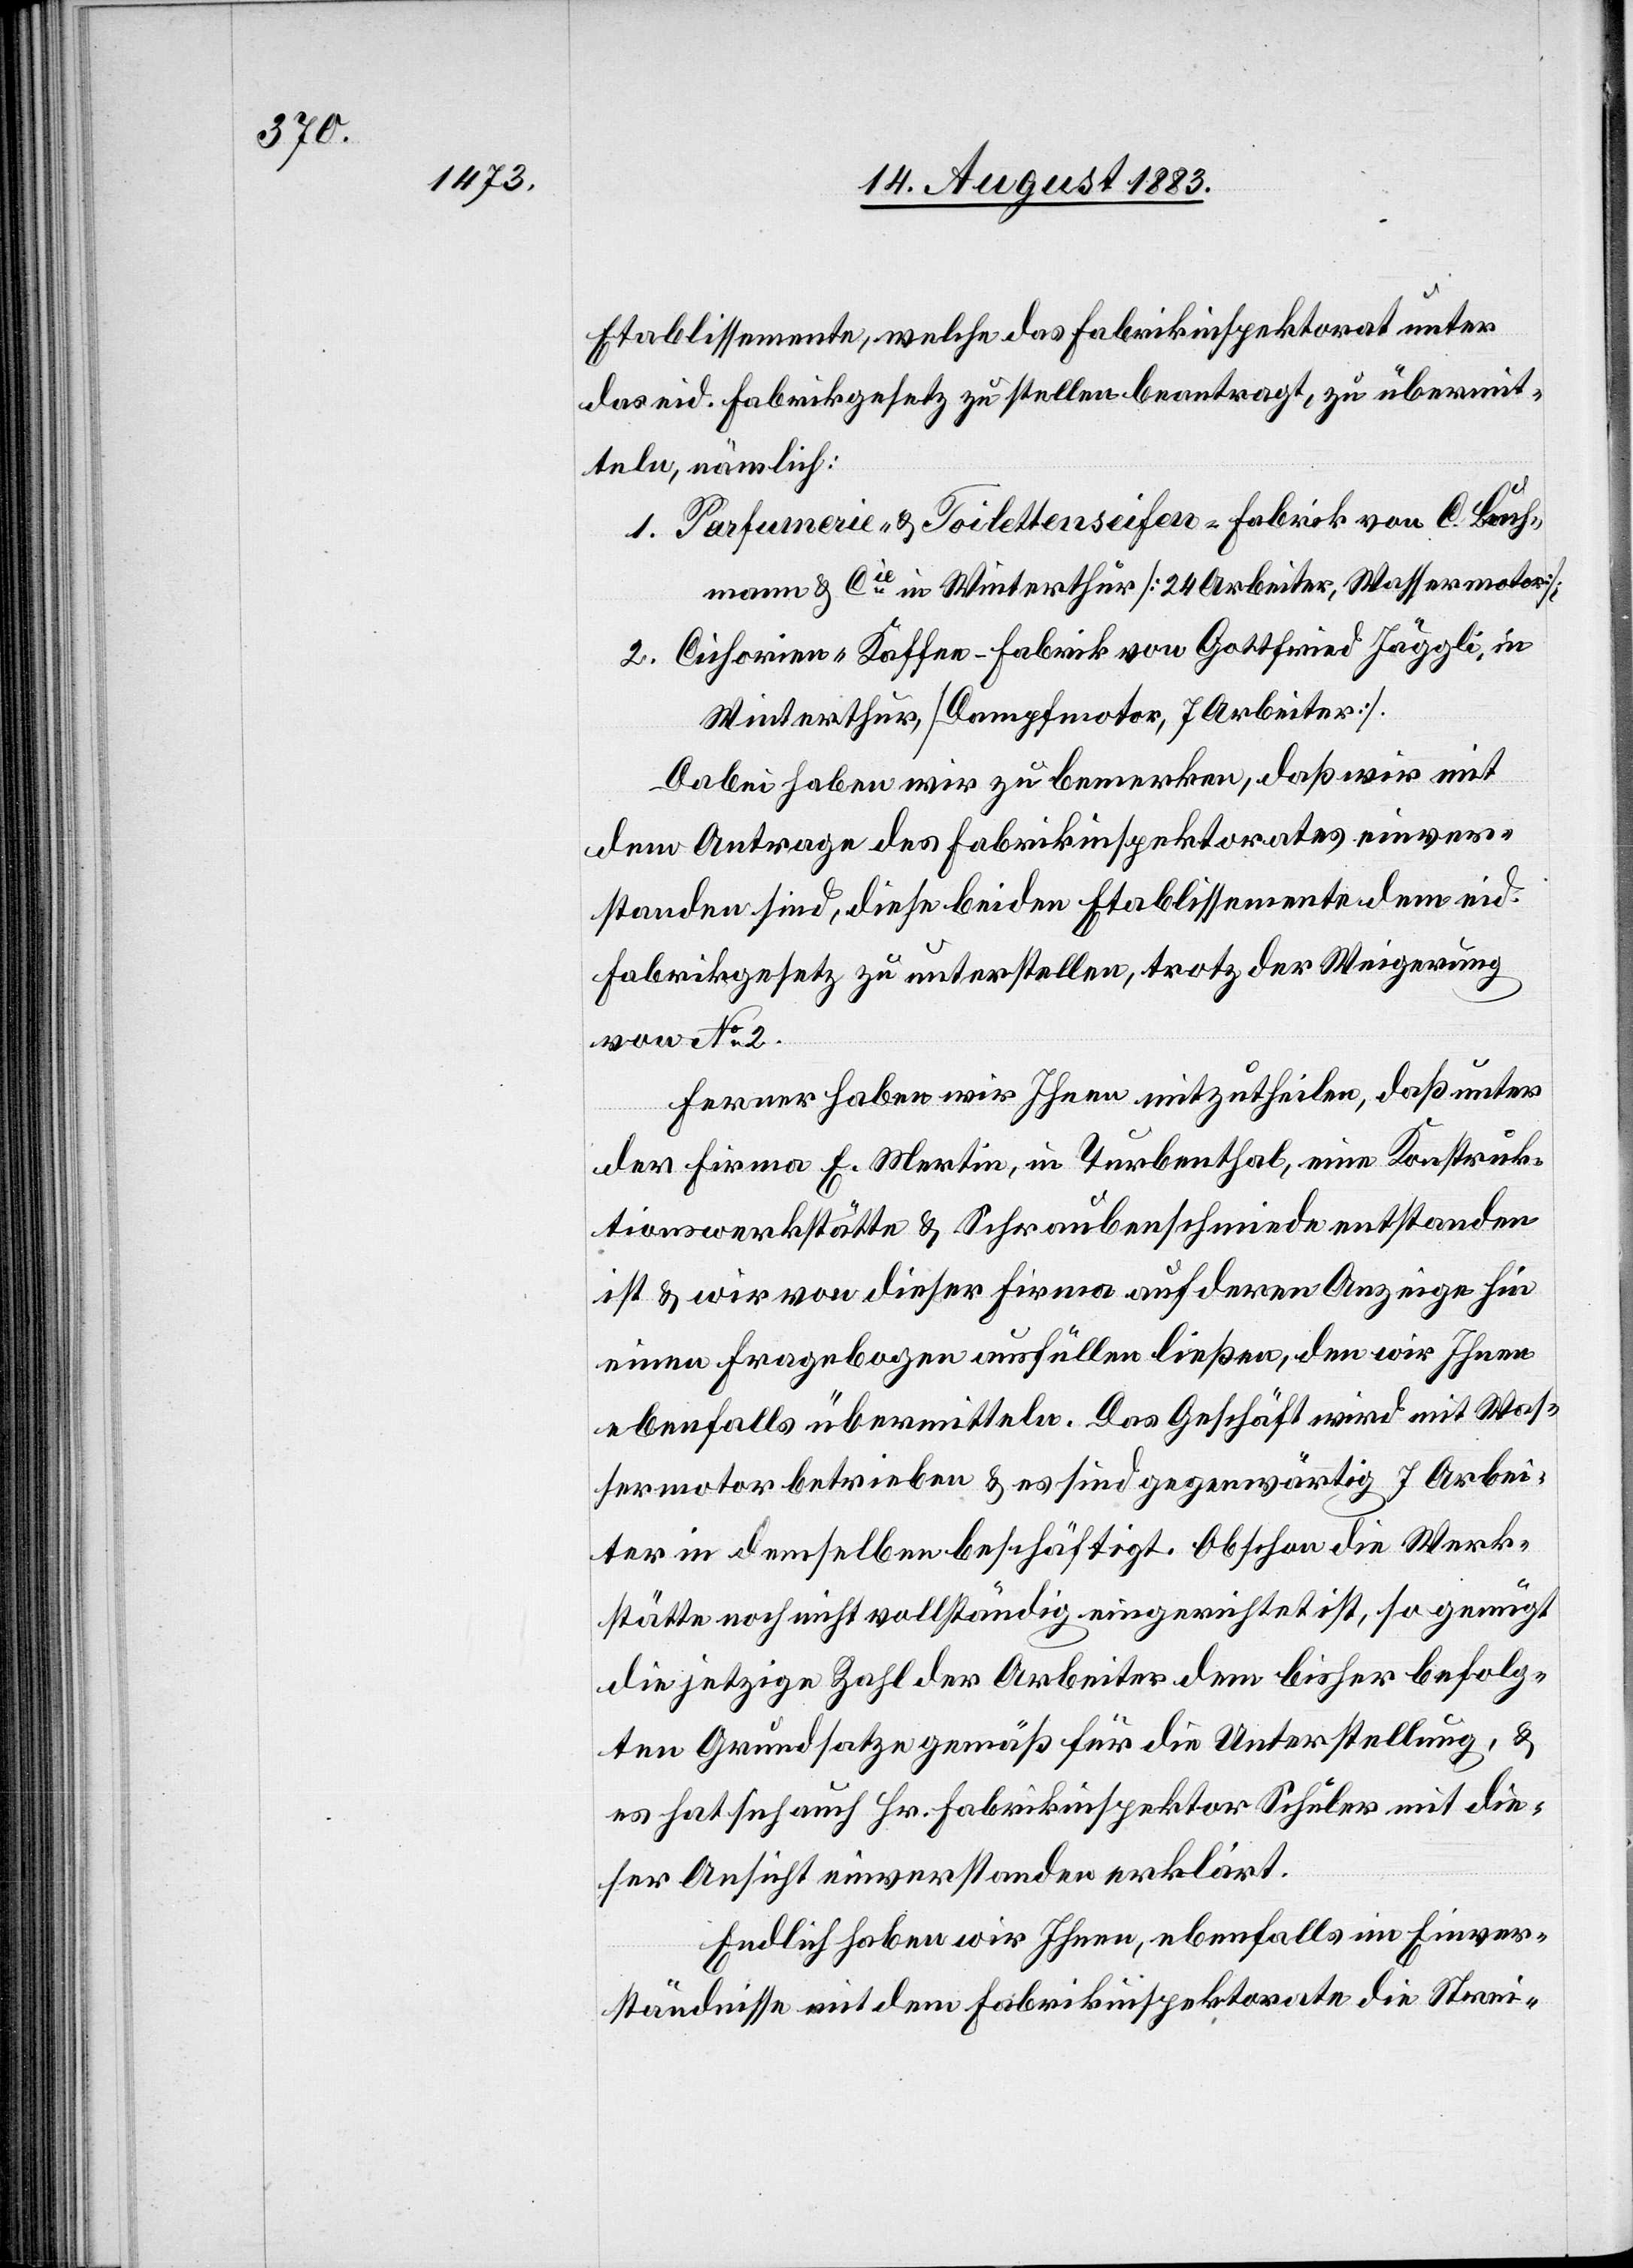
Etablissemente, welche das Fabrikinspektorat unter
das eid. Fabrikgesetz zu stellen beantragt, zu übermit¬
teln, nämlich:
1. Parfumerie- & Toilettenseifen-Fabrik von C. Bach¬
mann & Cie in Winterthur [24 Arbeiter, Wassermotor];
2. Cichorien-Kaffee-Fabrik von Gottfried Jäggli, in
Winterthur, [Dampfmotor, 7 Arbeiter].
Dabei haben wir zu bemerken, daß wir mit
dem Antrag des Fabrikinspektorates einver¬
standen sind, diese beiden Etablissemente dem eid.
Fabrikgesetz zu unterstellen, trotz der Weigerung
von No 2.
Ferner haben wir Ihnen mitzutheilen, daß unter
der Firma E. Martin, in Turbenthal, eine Konstruk¬
tionswerkstätte & Schraubenschmiede entstanden
ist & wir von dieser Firma auf deren Anzeige hin
einen Fragebogen ausfüllen ließen, den wir Ihnen
ebenfalls übermitteln. Das Geschäft wird mit Was¬
sermotor betrieben & es sind gegenwärtig 7 Arbei¬
ter in demselben beschäftigt. Obschon die Werk¬
stätte noch nicht vollständig eingerichtet ist, so genügt
die jetzige Zahl der Arbeiter dem bisher befolg¬
ten Grundsatze gemäß für die Unterstellung, &
es hat sich auch Hr. Fabrikinspektor Schuler mit die¬
ser Ansicht einverstanden erklärt.
Endlich haben wir Ihnen, ebenfalls im Einver¬
ständnisse mit dem Fabrikinspektor die Strai-